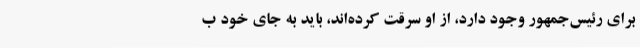
برای رئیس‌جمهور وجود دارد، از او سرقت کرده‌اند، باید به جای خود ب